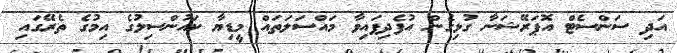
އަދި ސަންސެޓް އޮޕަރޭޝަނާ ގުޅިގެން އުފެދިފައިވާ މައްސަލަތައް މީޑިޔާ ކައުންސިލުގެ އިމުގެ ތެރޭގައި